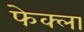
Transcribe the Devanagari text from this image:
फेक्ला